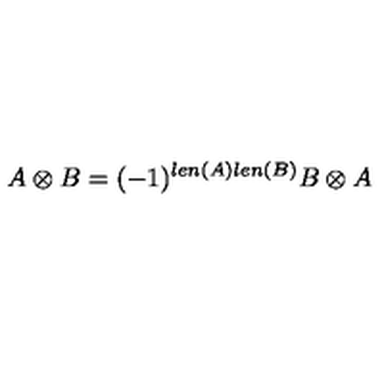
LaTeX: A \otimes B = ( - 1 ) ^ { l e n ( A ) l e n ( B ) } B \otimes A